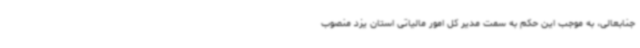
جنابعالی، به موجب این حکم به سمت مدیر کل امور مالیاتی استان یزد منصوب